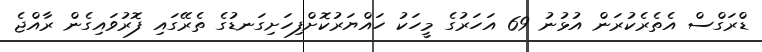
ޑްރަގްސް އެތެރެކުރަން އުޅުނު 69 އަހަރުގެ މީހަކު ހައްޔަރުކޮށްފިހަށިގަނޑުގެ ތެރޭގައި ފޮރުވައިގެން ރާއްޖެ